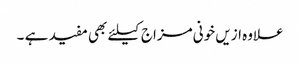
علاوہ ازیں خونی مزاج کیلئے بھی مفید ہے ۔